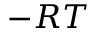
- R T